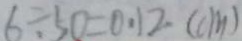
6 \div 5 0 = 0 . 1 2 ( c m )